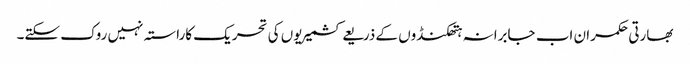
بھارتی حکمران اب جابرانہ ہتھکنڈوں کے ذریعے کشمیریوں کی تحریک کاراستہ نہیں روک سکتے۔